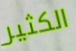
الكثير